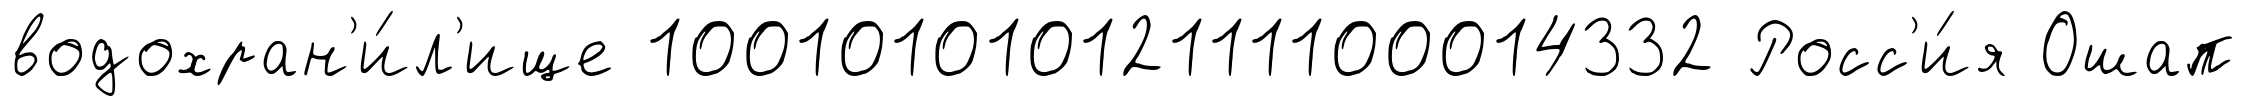
водохран'и́л'ище 10010101012111100014332 Росс'и́я Ошап